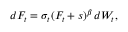
d F _ { t } = \sigma _ { t } ( F _ { t } + s ) ^ { \beta } \, d W _ { t } ,